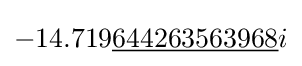
-14.719{\underline {644263563968}}i